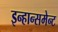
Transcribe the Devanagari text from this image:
इन्हान्समेन्ट